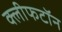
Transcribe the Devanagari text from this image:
क्लीफटॉन